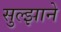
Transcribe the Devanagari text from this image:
सुल्झाने